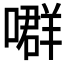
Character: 𡀳